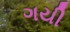
ગયી